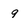
Character: 9